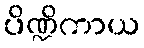
ပိဏ္ဍိကာယ